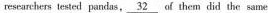
researchers tested pandas , \underline { 3 2 } of them did the same